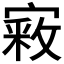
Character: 𫳴